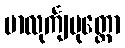
မာလုင်္ကျပုတ္တော